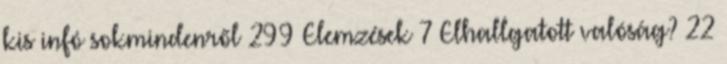
kis infó sokmindenről 299 Elemzések 7 Elhallgatott valóság? 22